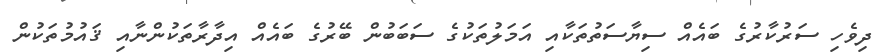
ދިވެހި ސަރުކާރުގެ ބައެއް ސިޔާސަތުތަކާއި އަމަލުތަކުގެ ސަބަބުން ބޭރުގެ ބައެއް އިދާރާތަކުންނާއި ޤައުމުތަކުން